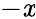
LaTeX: -\mathit{x}